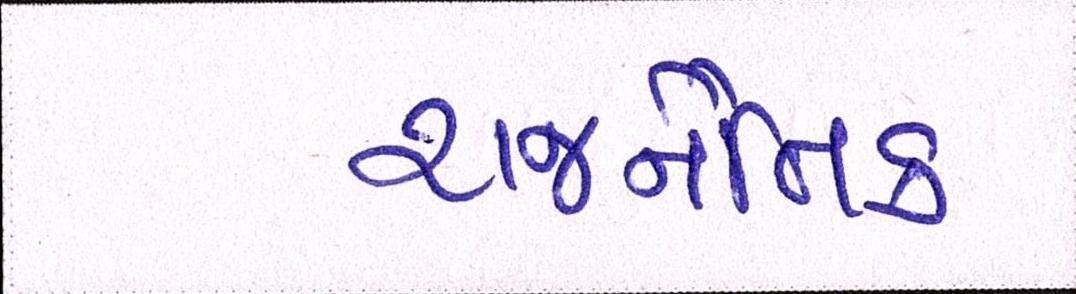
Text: રાજનૈતિક